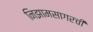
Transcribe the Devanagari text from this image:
निझामसागरची